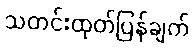
သတင်းထုတ်ပြန်ချက်